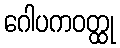
ဂေါပကဝတ္ထု